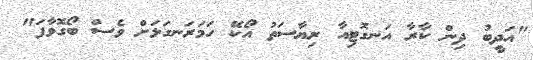
"އަދީބު ދިން ކާރާ އަނގޮޓިއާ ރިޔާސަތު އޯކޭ ހަމަރަނގަޅަށް ވެސް ބޯގޮވާފަ"